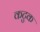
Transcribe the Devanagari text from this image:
कटुक